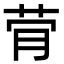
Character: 䒿